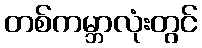
တစ်ကမ္ဘာလုံးတွင်